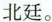
北廷.